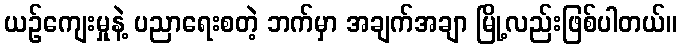
ယဉ်ကျေးမှုနဲ့ ပညာရေးစတဲ့ ဘက်မှာ အချက်အချာ မြို့လည်းဖြစ်ပါတယ်။